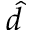
\hat { d }